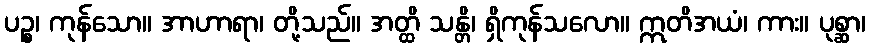
ပဉ္စ၊ ကုန်သော။ အာဟာရာ၊ တို့သည်။ အတ္ထိ သန္တိ၊ ရှိကုန်သလော။ ဣတိအယံ၊ ကား။ ပုစ္ဆာ၊